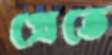
প্রেতে